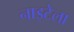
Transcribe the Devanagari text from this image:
नाइटेला